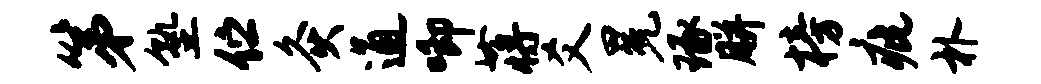
第塾伫灸通唧蒋爻冕琢胼榜疵朴